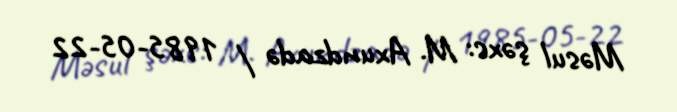
Məsul şəxs: M. Axundzadə / 1985-05-22